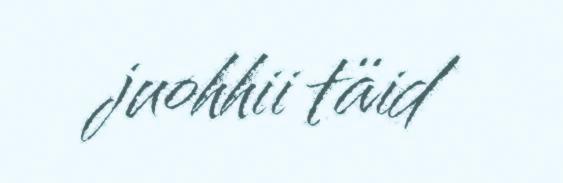
juohhii täid